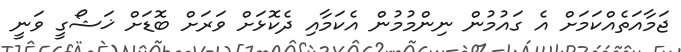
ޖަމާއަތެއްކަމަށް އެ ގައުމުން ނިންމުމުން އެކަމާއި ދެކޮޅަށް ވަރަށް ބޮޑަށް ޚަޝޯގީ ވަނީ